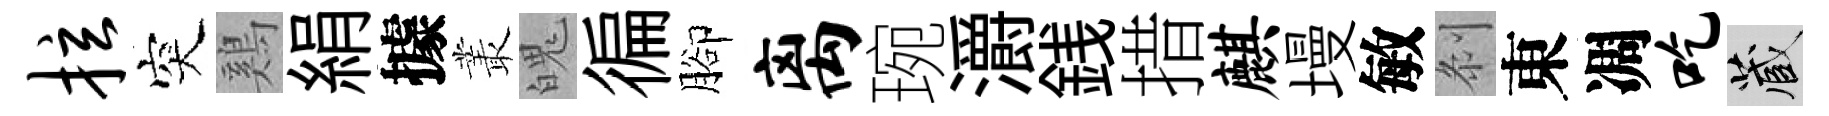
拉突鷄絹據叢魄徧腳离琬灂銭措麒墁敏𠛴東凋吃藏